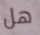
هل